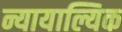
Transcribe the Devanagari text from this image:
न्यायाल्यिक